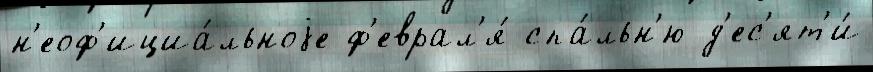
н'еоф'ициа́льноjе ф'еврал'я́ спа́льн'ю д'ес'ят'и́